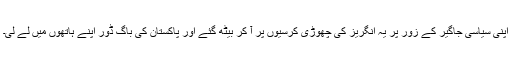
اپنی سیاسی جاگیر کے زور پر یہ انگریز کی چھوڑی کرسیوں پر آ کر بیٹھ گئے اور پاکستان کی باگ ڈور اپنے ہاتھوں میں لے لی۔